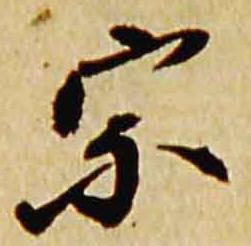
宗